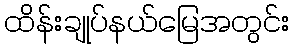
ထိန်းချုပ်နယ်မြေအတွင်း